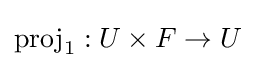
\operatorname {proj} _{1}:U\times F\to U